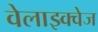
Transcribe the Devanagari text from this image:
वेलाझ्क्वेज